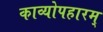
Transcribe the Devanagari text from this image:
काव्योपहारम्